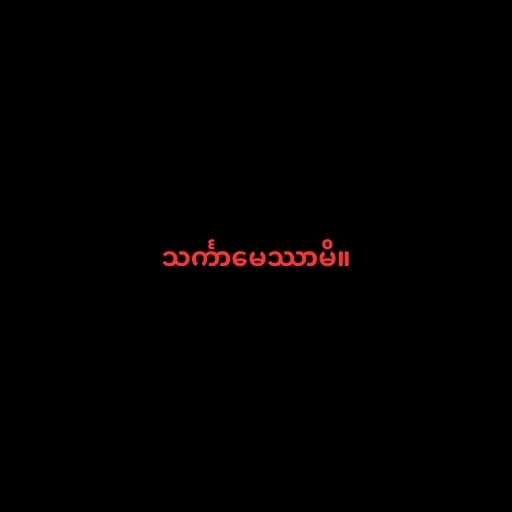
သင်္ကာမေဿာမိ။